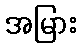
အမြား